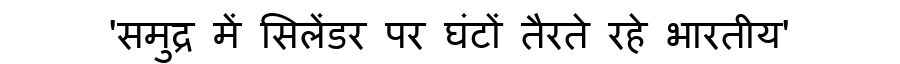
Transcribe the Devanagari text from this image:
'समुद्र में सिलेंडर पर घंटों तैरते रहे भारतीय'